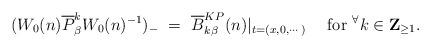
LaTeX: \begin{align*}(W_0(n)\overline{P}^k_\beta W_0(n)^{-1})_-{}~=~ \overline{B}^{KP}_{k\beta}(n)|_{t=(x,0,\cdots)}~~~~\mbox{for}~^\forall k \in \mbox{$\bf{Z}$}_{\geq 1}.\end{align*}